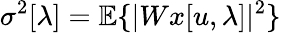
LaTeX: \sigma^{2}[\lambda]={\mathbb E}\{ |Wx[u,\lambda]|^{2}\}